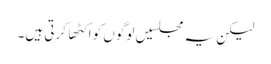
لیکن یہ مجلسیں لوگوں کو اکٹها کرتی ہیں۔